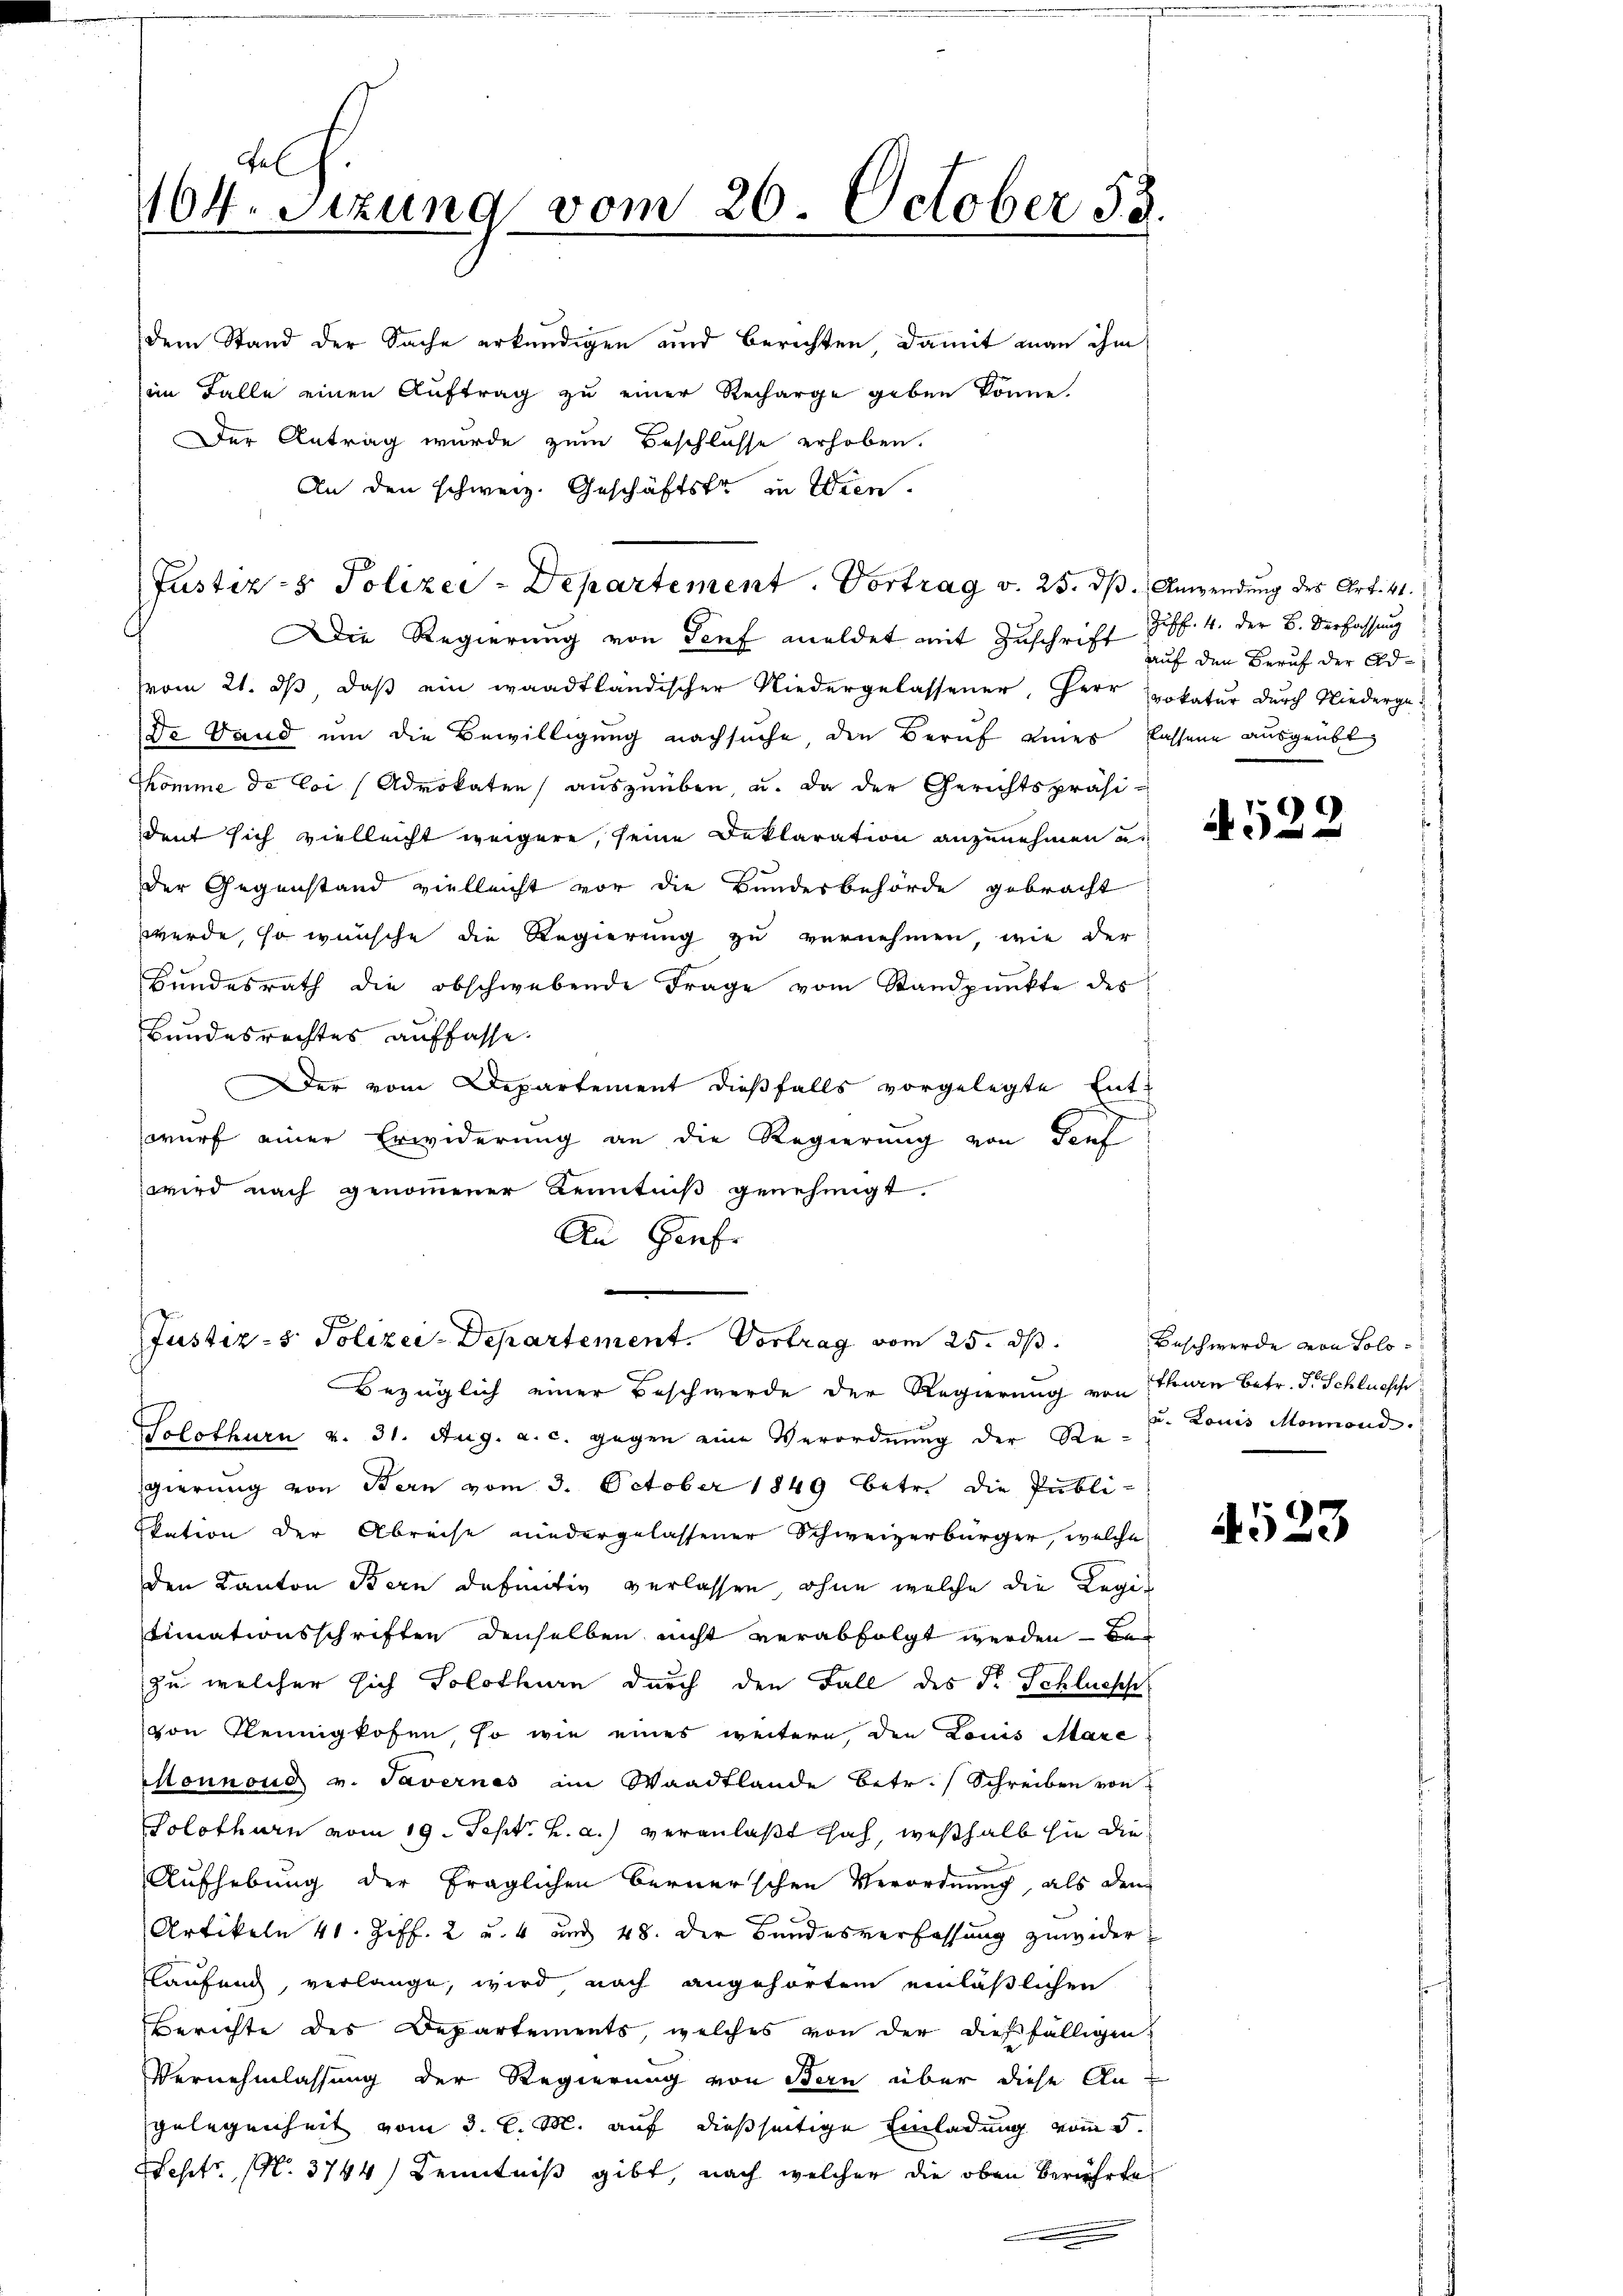
Fel
104. Sitzung vom 26. October 12.

dem Stand der Sache erkundigen und Berichten damit man ihm
im Falle einen Auftrag zu einer Recharge geben könne.
Der Antrag wurde zum Beschlüsse erhoben.
An den schweiz. Geschäftster in Wien.
Die Regierung von Senf meldet mit Zuschrift sub. 4. der B. Verfassung
vom 21. ds, daß ein waadtländischer Niedergelassener, Herr Prokatur durch Niederge¬
Dr. Land um die Bewilligung nachsuche, den Beruf eines Cassene ausgeübt
kkomme de loi (Advokaten auszuüben, u. da der Gerichtspräsi-
dent sich vielleicht weigere, seine Deklaration anzunehmen u.
der Gegenstand vielleicht vor die Bundesbehörde gebracht
werde, so wünsche die Regierung zu vernehmen, wie der
Bundesrath die obschwebende Frage vom Standpunkte des
Bundesrechtes auffasse.
Der vom Departement dießfalls vorgelegte Entwurf einer Erwiderung an die Regierung von Teut
wird nach genoṁener Kenntniβ genehmigt.
An Genfe

Justiz- & Polizei-Departement. Vortrag v. 25. dß. Anwendung des Art. 41.

e
Justiz- & Polizei-Departement. Vortrag vom 25. ds.
Bezüglich einer Beschwerde der Regierung von Theuren betr. Dr Schluess

Solothurn v. 31. Aug. a. c. gegen eine Verordnung der Regierung von Bern vom 3. October 1849 betr. die Publi-
ikation der Abreise niedergelassener Schweizerbürger, welche
den Kanton Bern definitiv verlassen, ohne welche die Regitimationsschriften denselben nicht verabfolgt werden – bezu welcher sich Solothurn durch den Fall des Dr. Schluess
von Kleinigkofen, so wie eines weitere, den Louis Mare
Monnoud v. Tavernes im Waadtlande betr. Schreiben von
Solothurn vom 19. Sept. h. a.) veranlaßt sah, weßhalb sie die
Aufhebung der fraglichen Bernerschen Verordnung, als dem
Artikeln 40. Ziff. 2 u. 4 und 48. Der Bundesverfassung zuwider
Kaufung, verlange, wird nach angehörten einläßlichen
Berichte des Departements, welches von der dießfälligen
Vernehmlassung der Regierung von Bern über diese Angelegenheit vom 3. l. M. auf dießseitige Einladung vom 5.
Sept. (N. 3744) Kenntniß gibt, nach welcher die oben berührte

auf den Beruf der Ad¬

4522

Beschwerde von Solo¬
u. Louis Monnond.

4523